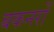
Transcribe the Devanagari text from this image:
बकनरों